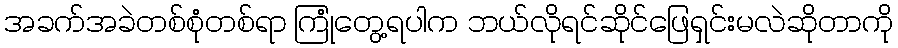
အခက်အခဲတစ်စုံတစ်ရာ ကြုံတွေ့ရပါက ဘယ်လိုရင်ဆိုင်ဖြေရှင်းမလဲဆိုတာကို